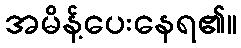
အမိန့်ပေးနေရ၏။